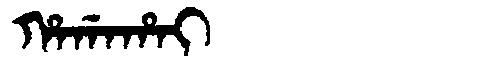
Manchu: ᡥᠠᡤᠠᡥᠠᡳ
Romanization: HAGAHAI